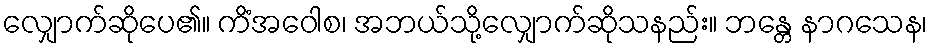
လျှောက်ဆိုပေ၏။ ကိံအဝေါစ၊ အဘယ်သို့လျှောက်ဆိုသနည်း။ ဘန္တေ နာဂသေန၊